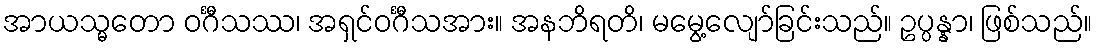
အာယသ္မတော ဝင်္ဂီသဿ၊ အရှင်ဝင်္ဂီသအား။ အနဘိရတိ၊ မမွေ့လျော်ခြင်းသည်။ ဥပ္ပန္နာ၊ ဖြစ်သည်။